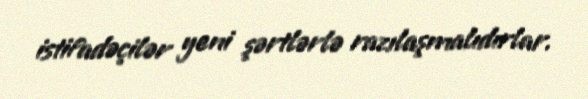
istifadəçilər yeni şərtlərlə razılaşmalıdırlar.